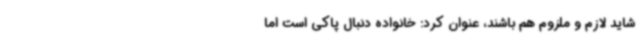
شاید لازم و ملزوم هم باشند، عنوان کرد: خانواده دنبال پاکی است اما